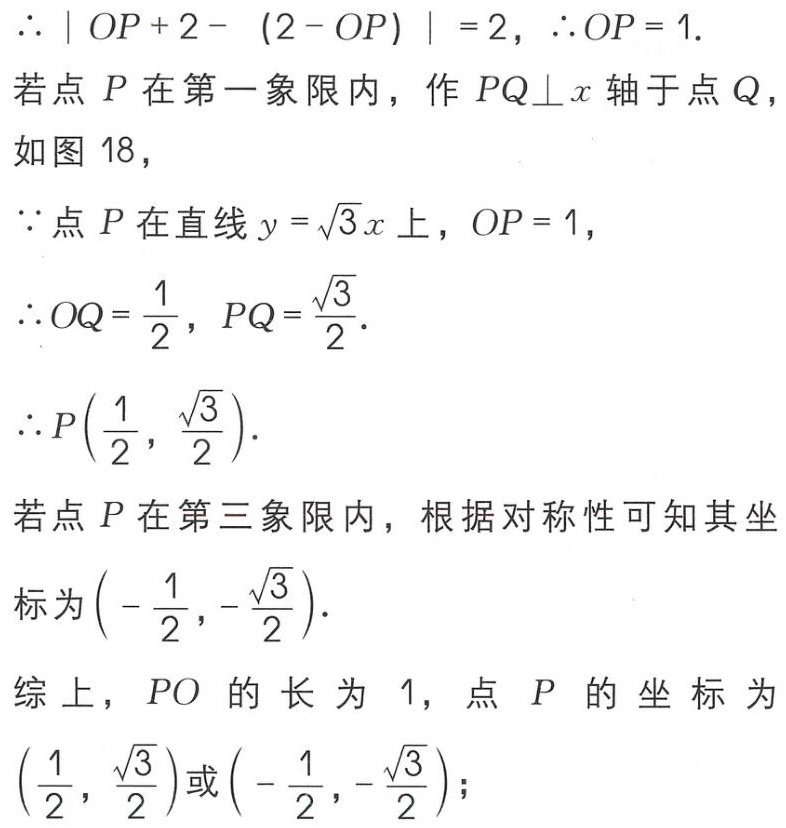
\(\therefore |OP + 2 - (2 - OP)| = 2, \therefore OP = 1.\)
若点\(P\)在第一象限内，作\(PQ\perp x\)轴于点\(Q\)，
如图18，
\(\because\)点\(P\)在直线\(y = \sqrt{3}x\)上，\(OP = 1\)，
\(\therefore OQ = \frac{1}{2}, PQ = \frac{\sqrt{3}}{2}.\)
\(\therefore P(\frac{1}{2}, \frac{\sqrt{3}}{2}).\)
若点\(P\)在第三象限内，根据对称性可知其坐标为\((-\frac{1}{2}, -\frac{\sqrt{3}}{2}).\)
综上，\(PO\)的长为\(1\)，点\(P\)的坐标为\((\frac{1}{2}, \frac{\sqrt{3}}{2})\)或\((-\frac{1}{2}, -\frac{\sqrt{3}}{2})\)；